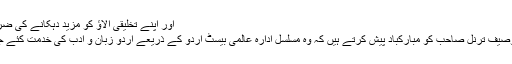
اور اپنے تخلیقی الاؤ کو مزید دہکانے کی ضرورت ہےـ
ہم برادر توصیف ترنل صاحب کو مبارکباد پیش کرتے ہیں کہ وہ مسلسل ادارہ عالمی بیسٹ اردو کے ذریعے اردو زبان و ادب کی خدمت کئے جارہے ہیں۔